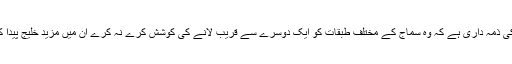
اس عہدہ کی ذمہ داری ہے کہ وہ سماج کے مختلف طبقات کو ایک دوسرے سے قریب لانے کی کوشش کرے نہ کرے ان میں مزید خلیج پیدا کی جائے ۔